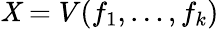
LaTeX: \mathit{X}=V(f_{1},\dots,f_{k})